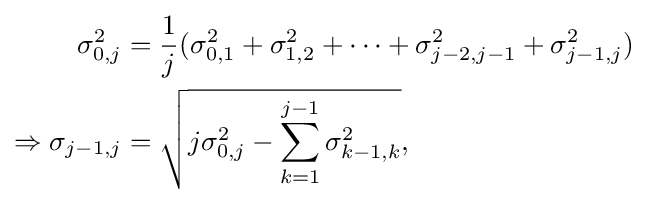
{\begin{aligned}\sigma _{0,j}^{2}&={\frac {1}{j}}(\sigma _{0,1}^{2}+\sigma _{1,2}^{2}+\cdots +\sigma _{j-2,j-1}^{2}+\sigma _{j-1,j}^{2})\\\Rightarrow \sigma _{j-1,j}&={\sqrt {j\sigma _{0,j}^{2}-\sum _{k=1}^{j-1}\sigma _{k-1,k}^{2}}},\end{aligned}}